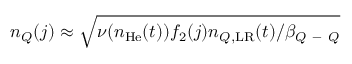
n _ { Q } ( j ) \approx \sqrt { \nu ( n _ { \mathrm { H e } } ( t ) ) f _ { 2 } ( j ) n _ { Q , \mathrm { L R } } ( t ) / \beta _ { Q \mathrm { ~ - ~ } Q } }